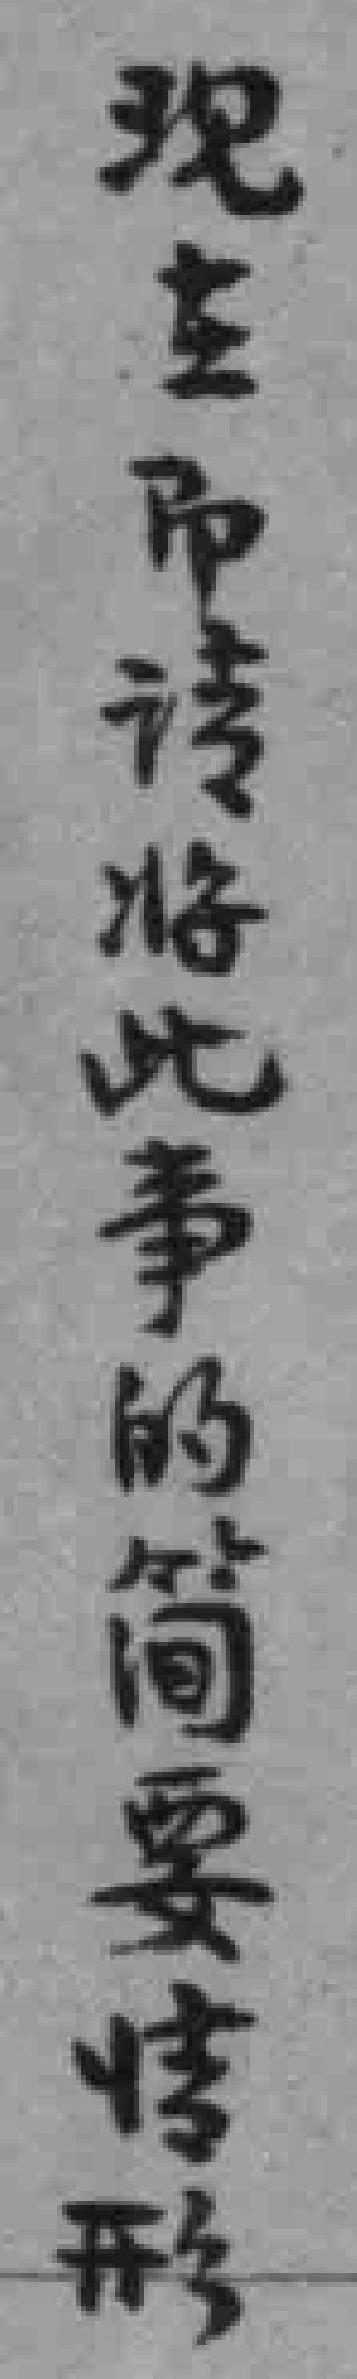
现在即请将此事的简要情形